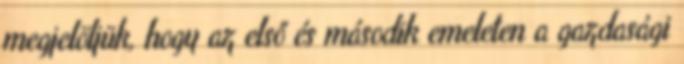
megjelöljük, hogy az első és második emeleten a gazdasági